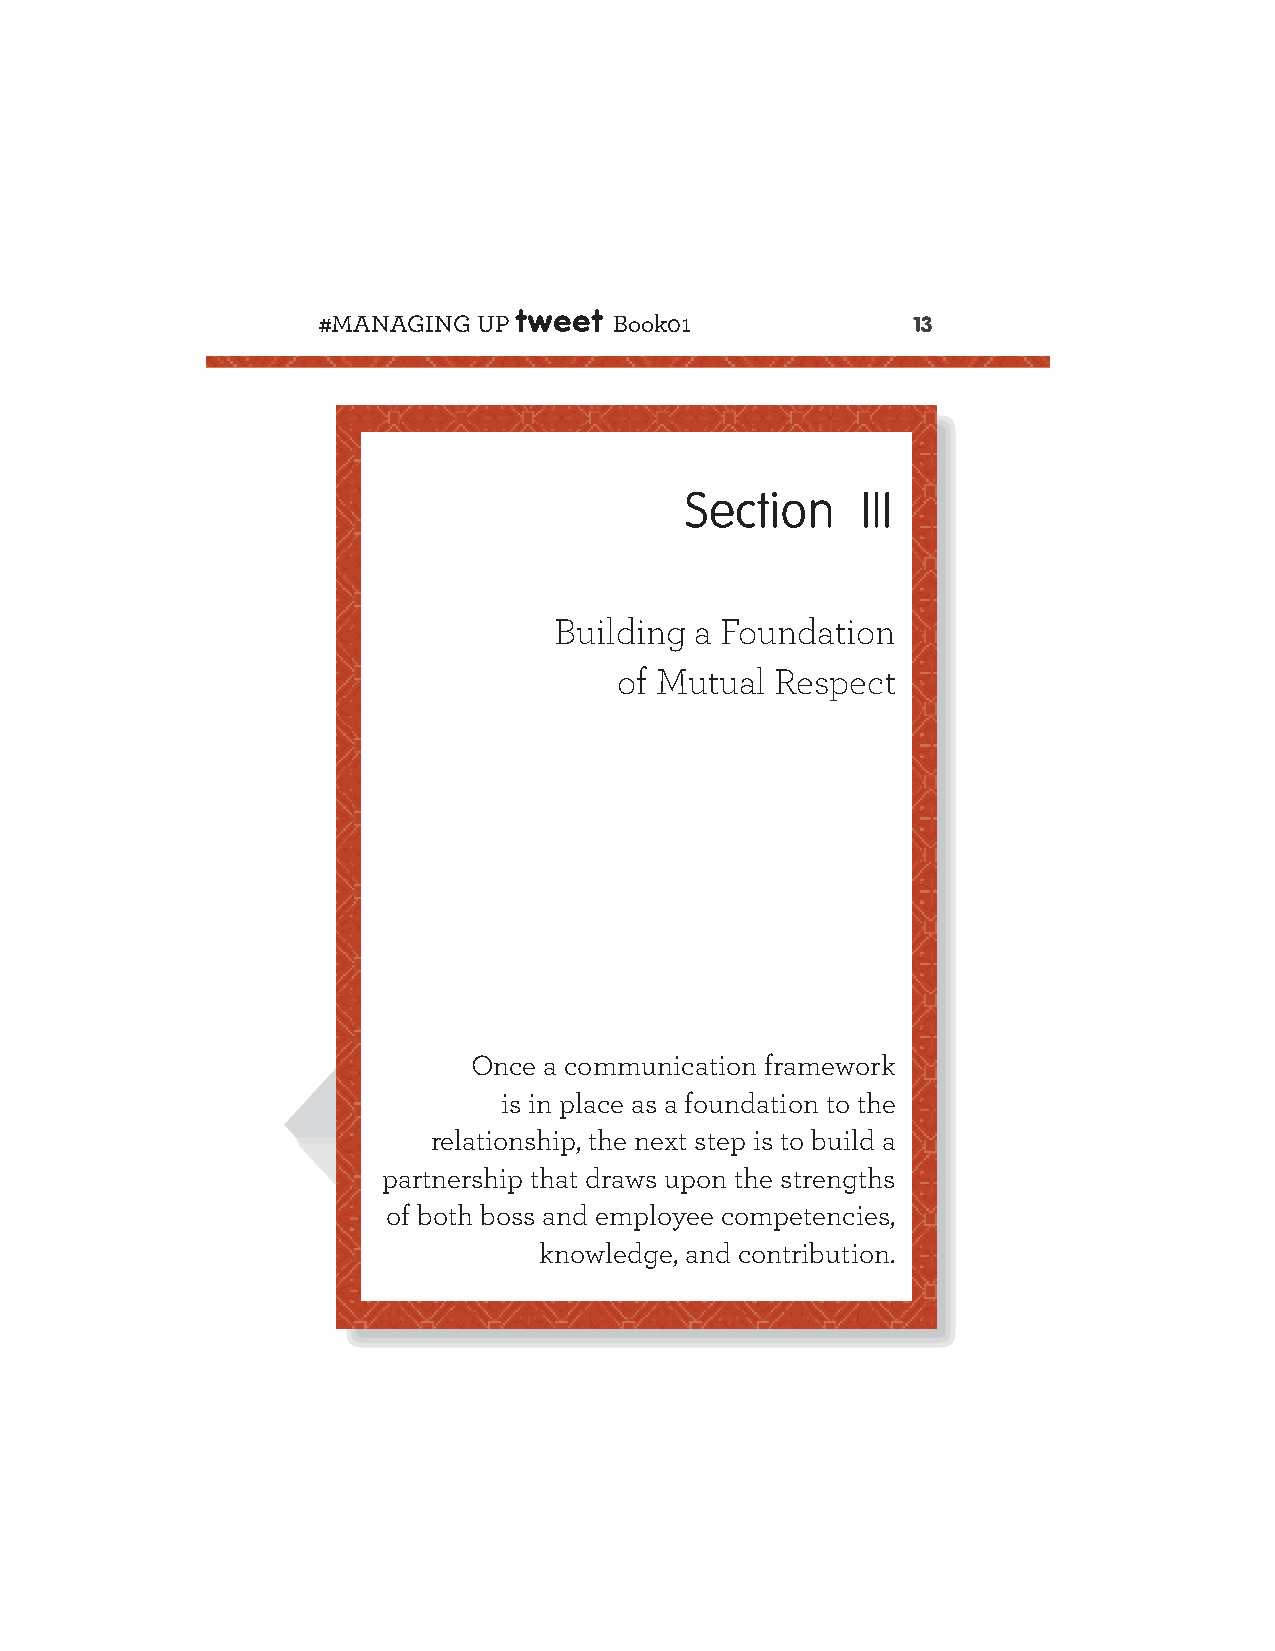
#MANAGING  UP tweet Book01
 13
 Section     III
 Building a Foundation
 of Mutual Respect
 Once a communication framework
 is in place as a foundation to the
 relationship, the next step is to build a
 partnership that draws upon the strengths
 of both boss and employee competencies,
 knowledge, and contribution.